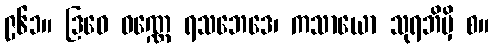
၉၆၁။ ဒြဝေ ဝဏ္ဏေ ရသဘေဒေ၊ ကသာယော သုရဘိမှိ စ။